Report on sanitation, dispensaries, and jails in Rajputana for 1912, and on vaccination for the year 1912-1913 - 1912-1913
Year: 1912
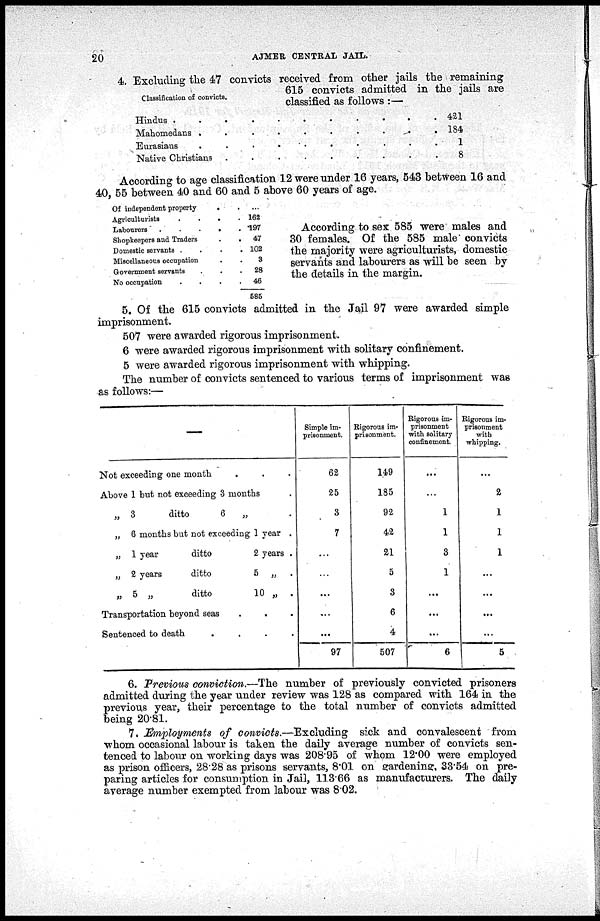
20
AJMER CENTRAL JAIL.
Classification of convicts.
4. Excluding the 47 convicts received from other jails the remaining
615 convicts admitted in the jails are
classified as follows :—
Hindus . . . . . . . . . . .
Mahomedans .
.
.
.
.
.
.
.
.
Eurasians
.
.
.
.
.
.
.
.
.
.
Native Christians .
.
.
.
.
.
.
.
.
421
184
11
8
According to age classification 12 were under 16 years, 543 between 16 and
40, 55 between 40 and 60 and 5 above 60 years of age.
Of independent property
.
Agriculturists
.
.
.
.
Labourers
.
.
.
.
.
Shopkeepers and Traders
.
.
Domestic servants .
.
.
.
Miscellaneous occupation . .
Government servants . . .
No occupation
.
.
.
.
...
162
197
47
102
3
28
46
585
According to sex 585 were males and
30 females. Of the 585 male convicts
the majority were agriculturists, domestic
servants and labourers as will be seen by
the details in the margin.
5. Of the 615 convicts admitted in the Jail 97 were awarded simple
imprisonment.
507 were awarded rigorous imprisonment.
6 were awarded rigorous imprisonment with solitary confinement.
5 were awarded rigorous imprisonment with whipping.
The number of convicts sentenced to various terms of imprisonment was
as follows:—
—
Not exceeding one month . . .
Above 1 but not exceeding 3 months .
„ 3
ditto
6
„ .
„ 6 months but not exceeding 1 year .
„ 1 year
ditto
2 years .
„ 2 years
ditto
5 „ .
„ 5 „
ditto
10 „ .
Transportation beyond seas . . .
Sentenced to death
.
.
.
.
Simple im-
prisonment.
62
25
3
7
...
...
...
...
...
97
Rigorous im-
prisonment.
149
185
92
42
21
5
3
6
4
507
Rigorous im-
prisonment
with solitary
confinement
...
...
1
1
3
1
...
...
...
6
Rigorous im-
prisonment
with
whipping.
...
2
1
1
1
...
...
...
...
5
6. Previous conviction.—The number of previously convicted prisoners
admitted during the year under review was 128 as compared with 164 in the
previous year, their percentage to the total number of convicts admitted
being 20.81.
7. Employments of convicts.—Excluding
sick and convalescent from
whom occasional labour is taken the daily average number of convicts sen-
tenced to labour on working days was 208.95 of whom 12.00 were employed
as prison officers, 28.28 as prisons servants, 8.01 on gardening, 33.54 on pre-
paring articles for consumption in Jail, 113.66 as manufacturers. The daily
average number exempted from labour was 8.02.